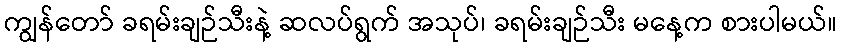
ကျွန်တော် ခရမ်းချဉ်သီးနဲ့ ဆလပ်ရွက် အသုပ်၊ ခရမ်းချဉ်သီး မနေ့က စားပါမယ်။